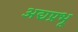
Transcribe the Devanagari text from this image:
अद्यप्रभू